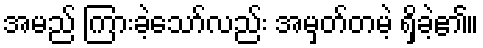
အမည် ကြားခဲ့သော်လည်း အမှတ်တမဲ့ ရှိခဲ့၏။